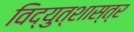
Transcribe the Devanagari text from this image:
विद्युत्शास्त्र